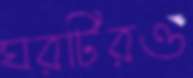
ঘরটিরও